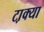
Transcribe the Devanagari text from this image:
टा़क्या